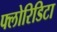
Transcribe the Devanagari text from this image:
फ्लोरिडिटा